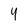
Character: 4